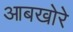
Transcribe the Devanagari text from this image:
आबखोरे